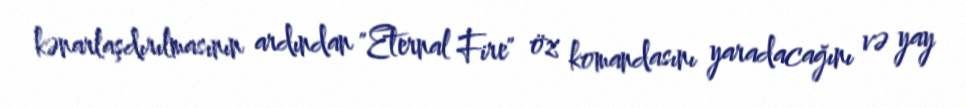
kənarlaşdırılmasının ardından "Eternal Fire" öz komandasını yaradacağını və yay